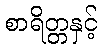
စာရိတ္တနှင့်